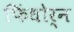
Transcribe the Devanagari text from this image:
फिंधोर्न